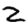
Digit: 2